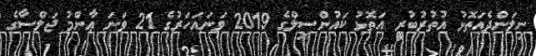
ނިލަންދެއަތޮޅު އުތުރުބުރީ އަތޮޅު ކައުންސިލްގެ 2019 ވަނައަހަރުގެ 21 ވަނަ ޢާންމު ޖަލްސާގެ